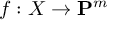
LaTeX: f : X \to \mathbf { P } ^ { m }